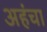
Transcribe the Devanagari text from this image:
अहंचा